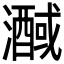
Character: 𭳒